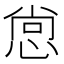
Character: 𭝒